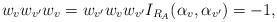
LaTeX: \begin{align*}w_{v}w_{v'}w_{v}=w_{v'}w_{v}w_{v'}I_{R_A}(\alpha_{v}, \alpha_{v'})=-1,\end{align*}